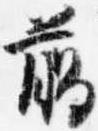
臈